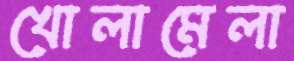
খোলামেলা